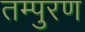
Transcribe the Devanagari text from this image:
तम्पुरण